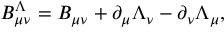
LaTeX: B _ { \mu \nu } ^ { \Lambda } = B _ { \mu \nu } + \partial _ { \mu } \Lambda _ { \nu } - \partial _ { \nu } \Lambda _ { \mu } ,